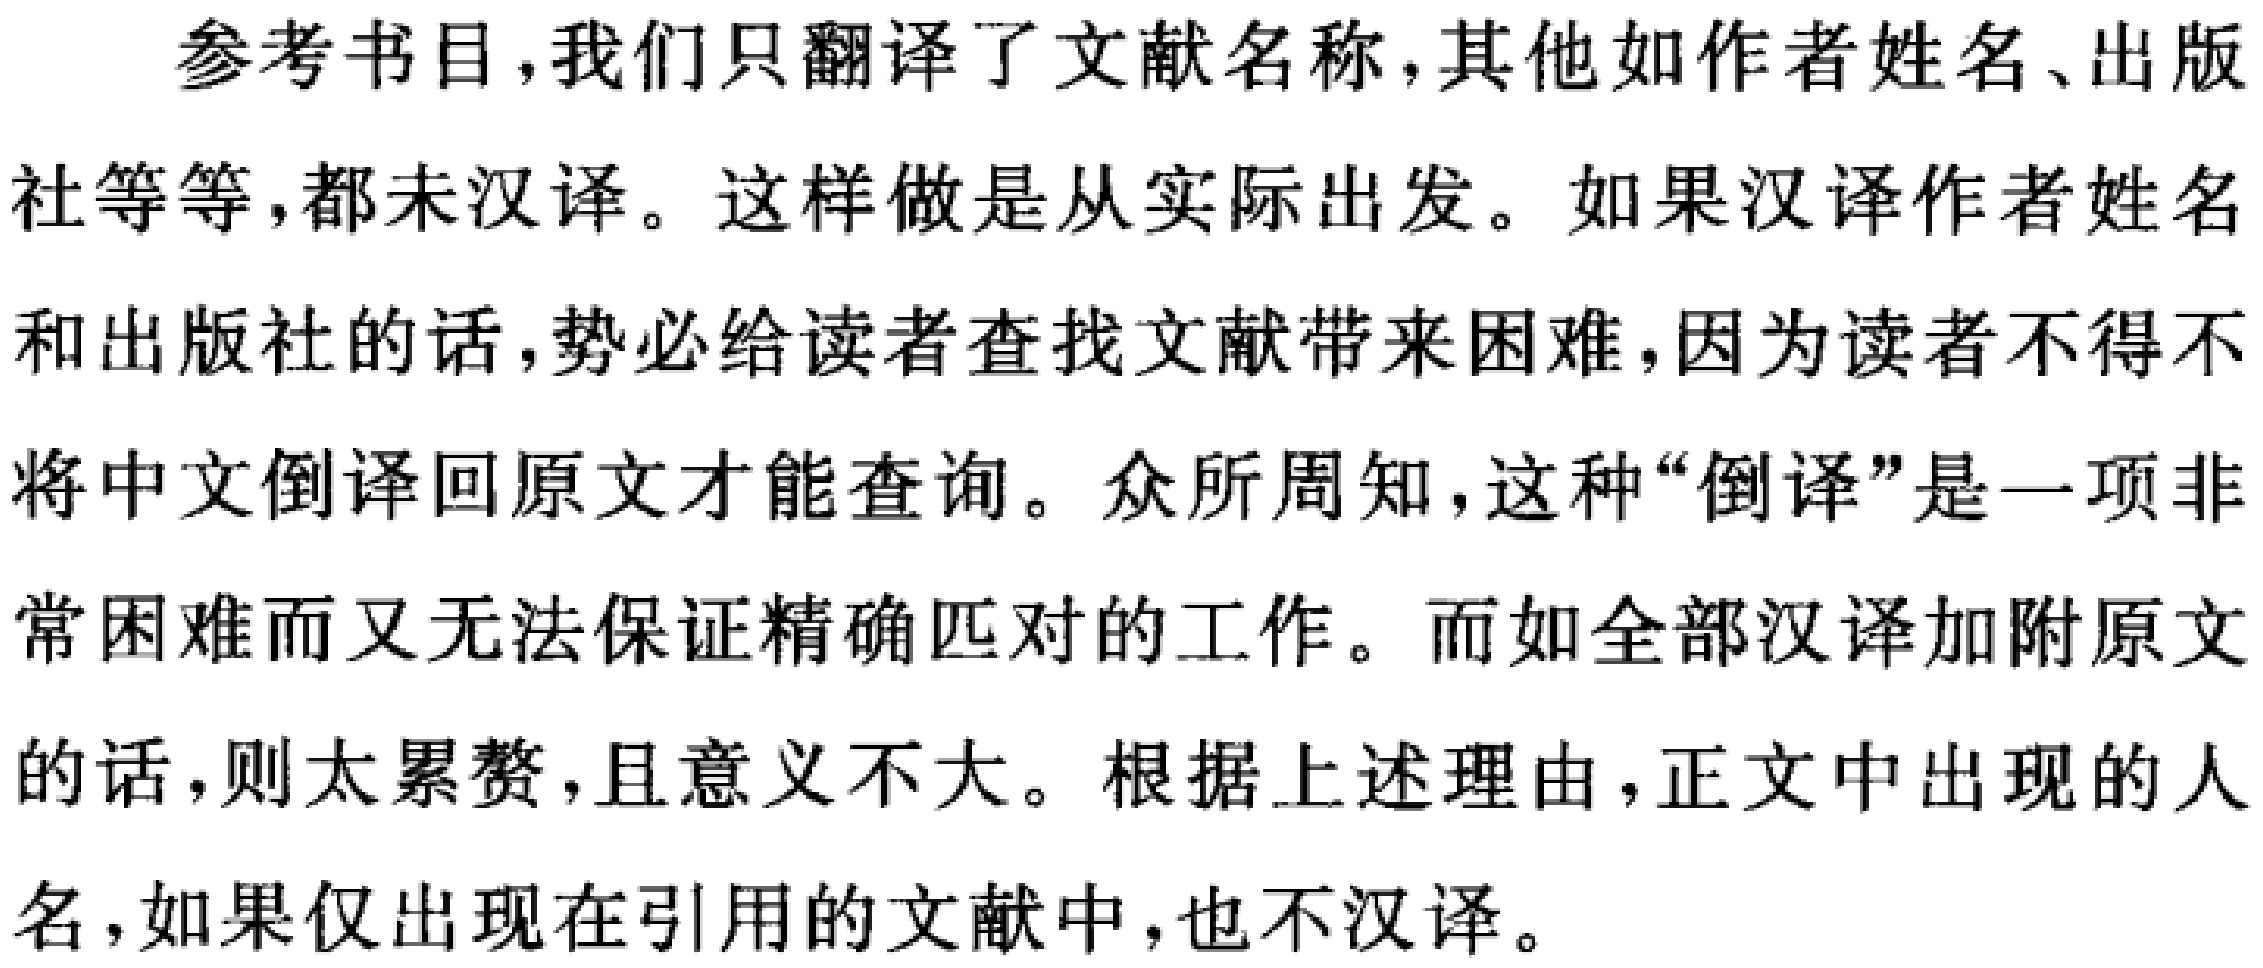
参考书目,我们只翻译了文献名称,其他如作者姓名、出版社等等,都未汉译。这样做是从实际出发。如果汉译作者姓名和出版社的话,势必给读者查找文献带来困难,因为读者不得不将中文倒译回原文才能查询。众所周知,这种“倒译”是一项非常困难而又无法保证精确匹配的工作。而如全部汉译加附原文的话,则太累赘,且意义不大。根据上述理由,正文中出现的人名,如果仅出现在引用的文献中,也不汉译。